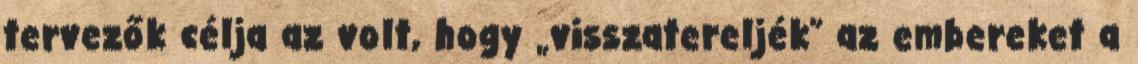
tervezők célja az volt, hogy „visszatereljék” az embereket a